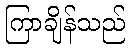
ကြာချိန်သည်